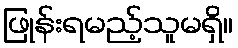
ဖြုန်းရမည့်သူမရှိ။